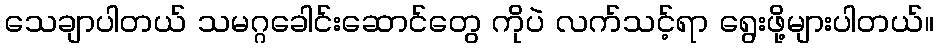
သေချာပါတယ် သမဂ္ဂခေါင်းဆောင်တွေ ကိုပဲ လက်သင့်ရာ ရွေးဖို့များပါတယ်။